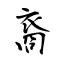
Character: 裔